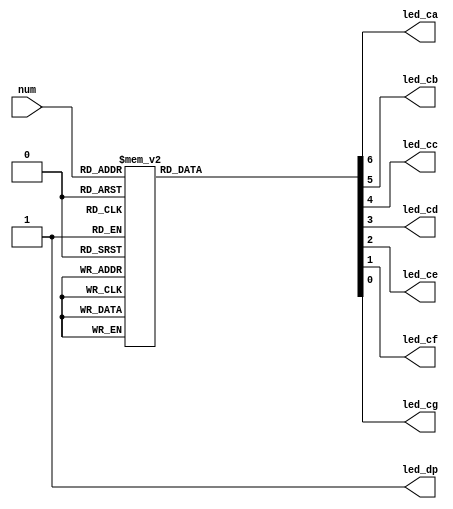
`timescale 1ns / 1ps
//////////////////////////////////////////////////////////////////////////////////
// Company: 
// Engineer: 
// 
// Design Name: 
// Module Name: display
// Project Name: 
// Target Devices: 
// Tool Versions: 
// Description: 
// 
// Dependencies: 
// 
// Revision:
// Revision 0.01 - File Created
// Additional Comments:
// 
//////////////////////////////////////////////////////////////////////////////////


module display(
    input  wire [3:0] num,
    output reg        led_ca,
	output reg        led_cb,
    output reg        led_cc,
	output reg        led_cd,
	output reg        led_ce,
	output reg        led_cf,
	output reg        led_cg,
	output wire       led_dp 
    );
    
reg[6:0] led;
always @(*) begin
    case(num)
        'd0: led = 7'b000000_1;
        'd1: led = 7'b100111_1;
        'd2: led = 7'b001001_0;
        'd3: led = 7'b000011_0;
        'd4: led = 7'b100110_0;
        'd5: led = 7'b010010_0;
        'd6: led = 7'b010000_0;
        'd7: led = 7'b000111_1;
        'd8: led = 7'b000000_0;
        'd9: led = 7'b000110_0;
        'd10:led = 7'b000100_0;
        'd11:led = 7'b110000_0;
        'd12:led = 7'b111001_0;
        'd13:led = 7'b100001_0;
        'd14:led = 7'b011000_0;
        'd15:led = 7'b011100_0;
    endcase
end

always @(*) begin
    led_ca = led[6];
    led_cb = led[5];
    led_cc = led[4];
    led_cd = led[3];
    led_ce = led[2];
    led_cf = led[1];
    led_cg = led[0];
end
assign led_dp  = 1;

endmodule